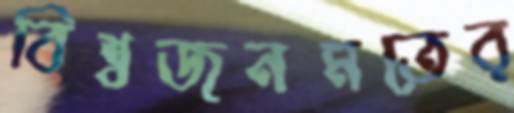
বিশ্বজনমতের